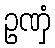
ဥဏှံ